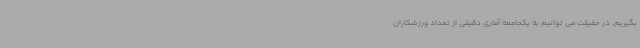
بگیریم. در حقیقت می توانیم به یکجامعه آماری دقیقی از تعداد ورزشکاران